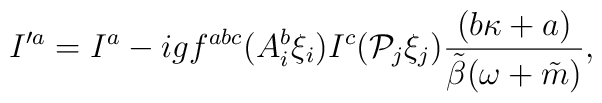
I^{\prime a}=I^a-igf^{abc}(A_i^b\xi_i)I^c({\cal P}_j\xi_j)\frac{(b\kappa+a)} {\tilde \beta (\omega+\tilde m)},